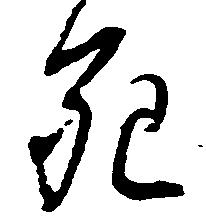
死